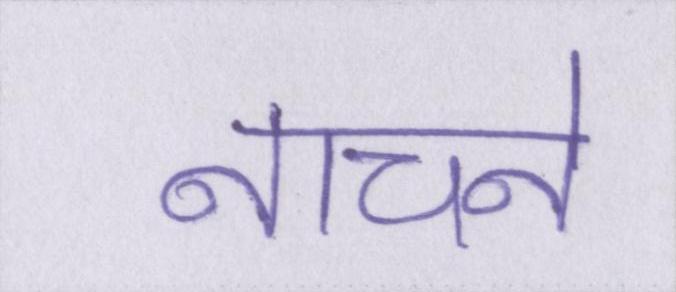
नाचने